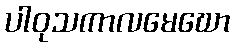
ပါဝုသကာလမေဃော